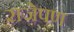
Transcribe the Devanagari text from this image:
राजेपण